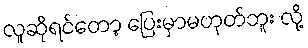
လူဆိုရင်တော့ ပြေးမှာမဟုတ်ဘူး လို့